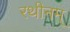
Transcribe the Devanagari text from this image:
रथीनम्